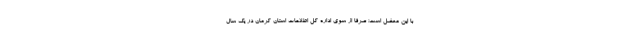
با این معضل است؛ صرفا از سوی اداره کل اطلاعات استان کرمان در یک سال